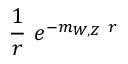
{ \frac { 1 } { r } } \ e ^ { - m _ { W , Z } \ r }